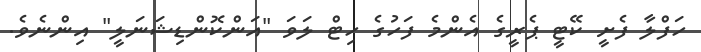
ހަފްލާ ފެށީ ކޭޓީ ޕެރީގެ އެންމެ ފަހުގެ ހިޓް ލަވަ "އަންކޮންޑިޝަނަލީ" އިންނެވެ.